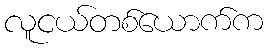
လူငယ်တစ်ယောက်က